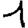
Digit: 1